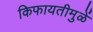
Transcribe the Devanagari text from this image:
किफायतीमुळें